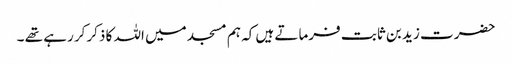
حضرت زید بن ثابت فرماتے ہیں کہ ہم مسجد میں اللہ کا ذکرکر رہے تھے ۔